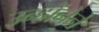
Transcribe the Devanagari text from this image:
उन्होंनेने